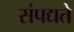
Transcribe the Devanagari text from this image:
संपद्यते